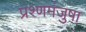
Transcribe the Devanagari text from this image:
प्रश्णमंजुषा